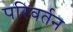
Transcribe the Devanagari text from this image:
परिवर्तन